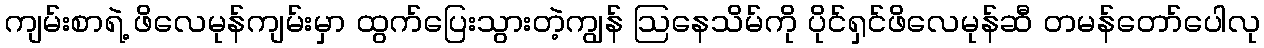
ကျမ်းစာရဲ့ ဖိလေမုန်ကျမ်းမှာ ထွက်ပြေးသွားတဲ့ကျွန် ဩနေသိမ်ကို ပိုင်ရှင်ဖိလေမုန်ဆီ တမန်တော်ပေါလု